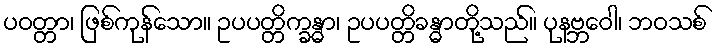
ပဝတ္တာ၊ ဖြစ်ကုန်သော။ ဥပပတ္တိက္ခန္ဓာ၊ ဥပပတ္တိခန္ဓာတို့သည်။ ပုနဗ္ဘဝေါ၊ ဘဝသစ်